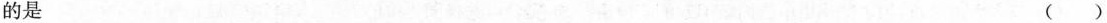
的是 ()